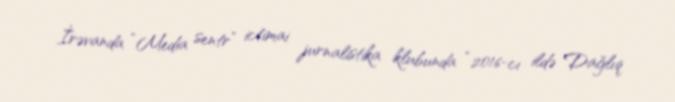
İrəvanda “Media sentr” ictimai jurnalistika klubunda “2016-cı ildə Dağlıq